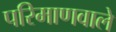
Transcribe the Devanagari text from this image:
परिमाणवाले